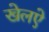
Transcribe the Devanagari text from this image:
खेलऐ